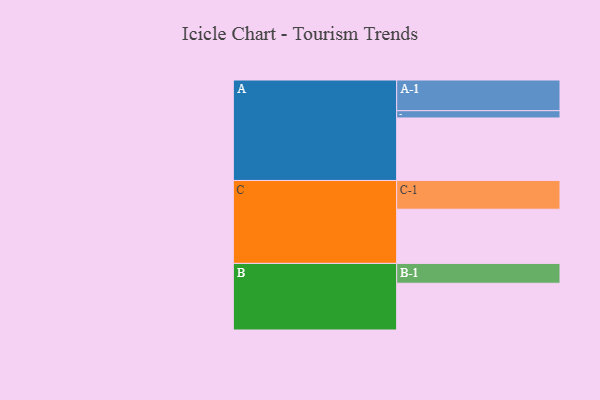
{"axis": {"x": "Segment", "y": "Value"}, "legend": ["", "A", "B", "C"], "data": [{"x": "A", "y": 548, "type": ""}, {"x": "B", "y": 410, "type": ""}, {"x": "C", "y": 475, "type": ""}, {"x": "A-1", "y": 269, "type": "A"}, {"x": "A-2", "y": 64, "type": "A"}, {"x": "B-1", "y": 174, "type": "B"}, {"x": "C-1", "y": 252, "type": "C"}]}